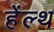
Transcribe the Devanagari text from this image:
हेंल्थ